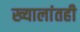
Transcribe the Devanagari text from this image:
ख्यालांतही